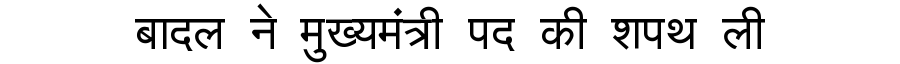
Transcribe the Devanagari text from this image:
बादल ने मुख्यमंत्री पद की शपथ ली